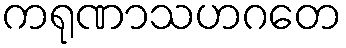
ကရုဏာသဟဂတေ